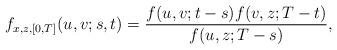
LaTeX: \begin{align*}f_{x,z,[0,T]}(u,v; s,t) = \frac{f(u,v;t-s)f(v,z;T-t)}{f(u,z;T-s)},\end{align*}